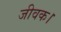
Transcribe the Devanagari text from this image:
जीवक।